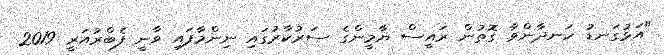
"އަޅުގަނޑު ހަނދާންވާ ގޮތުން ރައީސް ޔާމީންގެ ސަރުކާރުގައި ނިންމާފައި ވާނީ ފެބްރުއަރީ 2019